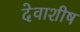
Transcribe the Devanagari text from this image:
देवाशीष